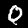
Digit: 0